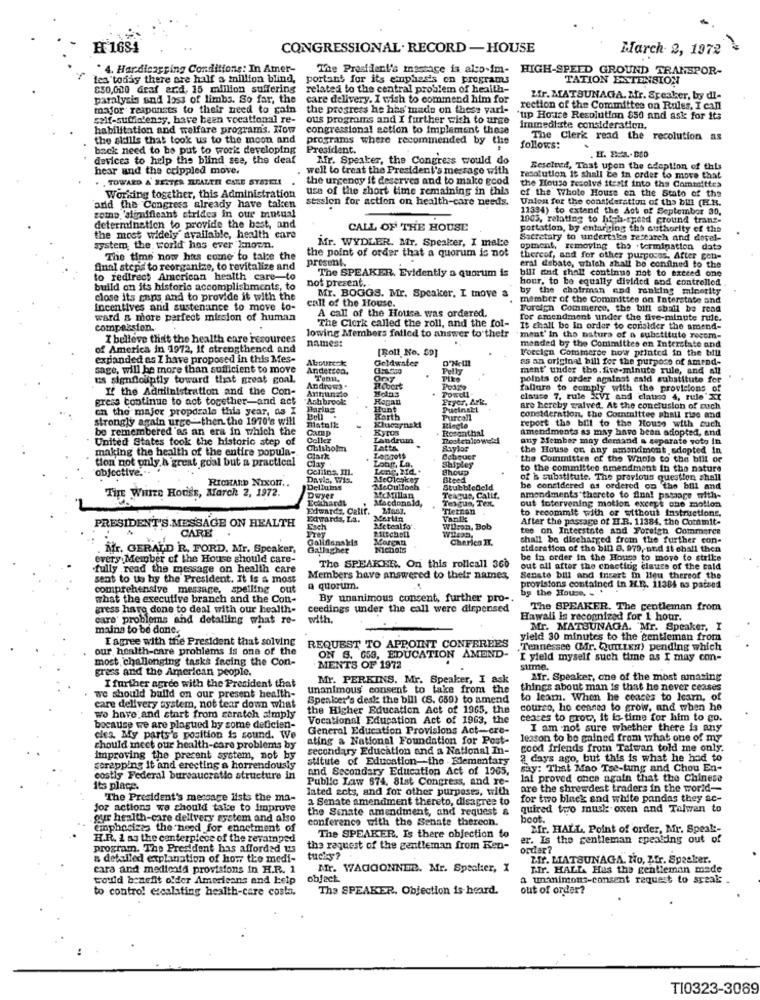
H 1684
CONGRESSIONAL. RECORD - HOUSE
March 2, 1972
" 4. Hardicapping Conditions: In Amer-
The President's Inastage is also.im- HIGH-SPEED GROUND TRANSPOR-
les today there are half a million blind,
portant for its emphasis on programs
TATION EXTENSION
$50,000 Graf er.d. 15 million suffering
related to the central problem of health-
paralysis and loss of limbs. So far, the
care delivery. I wish to commend him for
Zir. MATSUNAGA. Mr. Speaker, by di-
major responses to their need to gain
the progress he has made on these varl-
rection of the Committee on Rules, I call
self-sufficiency, have been vocational re-
ous programs and I further wish to urge
'up House Resolution 850 and ask for its
habilitation and welfare programs. Now
congressional sction to implement these
immediate consideration.
the aldlls that took us to the moon and
programs where recommended by the
The Clerk read the recolution as
back need to be put to work developing
President.
follows:
devices to help the blind see, the deaf
M.fr. Speaker, the Congress would do
hear and the crippled move.
well to treat the President's message with
Besclued, That upon the adoption of this
. . TOWARD A SESTER ILEAZERI CARE SYSSEL!
the urgency it deserves and to make good
resolution it shall be in order to move that
use of the short time remaining in this
the House resolve itesif into the Committes
Working together, this Administration
session for action on health-care needs.
of the Whole House on the State of the
Union for the consideration of the bill (H.R.
and the Congress already have taken
11394) to extend the Act of September 30,
somno, 'slindficant strides in our mutual
1005, relating to high-speed cround trans-
determination to provide the best, and
CALL OF THE HOUSE
portation, by enlarging the authority of the
the most widely available, health care
Mr. WYDLER. Mr. Speaker, I make
Secretary to undertake research and dorel-
system, the world has ever known.
the point of order that a quorum is not
opment, removing the . termination dato
The time now has come to tale the
present.
thereof, and for other purposes. After gen-
Anal steps to reorganize, to revitalize and
The SPEAKER. Evidently a quorum is
bill and thall continue not to exceed one
eral debate, which shall be confined to the
to redirect American health care-to
not present ...
hour, to be equally divided and controlled
build on its historie accomplishments, to
Mr. BOGGS. Mr. Speaker, I move a
by the chotrinan end ranking minority
close its caps and to provide it with the
call of the House.
member of the Committee on Interstate and
Incentives and sustenance to move to-
A call of the House was ordered.
Foreign Commerce, the bill sbail be read
ward & more perfect mission of human
for amendment under the five-minute rule.
compassion.
The Clork called the roll, and the fol-
It shall be In order to consider the amend-
I believe that the health care resources
lowing Members fatled to answer to thetr
names:
maat' In the natura of a substitute reccm-
mended by the Committee on Interstate and
of America in 1972, If strengthened and
[Roll No. 59]
Foreign Commerce how printed in the bill
expanded es I have proposed in this Mes-
Aboureck
Goldwater
D'Helll
as an original bill for the purpose of amend-
sage, will be more than sufficient to move
Anderson.
Pelly
ment' under the. five-minute rule, and all
us signflounfly toward that great goal
Piko
points of order against said substitute for
If the Administration and the Con-
Annunzio
Androws .
fallare to comply with the provisions of
gress continue to act together-and act
"Ashbrook:
Hogan
. Powell
Pzyer, Ark.
clause 7, rule VI and clatrio 4, rule'Xt
on the major propdzals this year, as I
Baring
Pucinett
are hereby waived. At the conclusion of such
strongly again urge then the 1970's will
Karth
Purcall
consideration, the Committee shall rise and
report the bill to the House with auch
be remembered 'as an era in which the
Camp
Klumaynaki
KyTOS
Ringle
Rosenthal
Amendments as may have been adopted, and
United States took the historic step of
Coller
Landrum
any Member may demand a separate voto in
making the health of the entire popula-
Chisholm
TAREA
Saylor
the House on any amendment adopted In
tion not only a great goal but a practical
Clay
Clark
Lotr, La.
Ocheuch
the Committee of the Whole to the bill or
objective .--
Celilne IIL.
Long, Bid. .
Shipley
ghoup
to the committee amendment in the nature
RICHARD NIXON ..
Davis, Wis.
of b substitute. The previous queation shall
Dellums
McCulloch
Teacus, Callf.
StubbleDeld
be considered as ordered on the bill and
THE WHITE HOUSE, March 2, 1972.
Eckhardt
Dwyer
Macdonald,
Textua, Tex,
amendments thereto to fina! pataage with-
Edwards, Calif.
Tietnon
out intervening motion except che mollon
to recommit with or without Instructions.
Edwards, La.
Vanlike
After the passage of H.R. 11384, the Commit-
PRESIDENT'S MESSAGE ON HEALTH
CARE
Metcalfo'
Wilson. Bob
tee on Interstate and Foreign Commerce
Charles II.
chall be discharged from the further con-
. Mr. GERALD R. FORD. Mr. Speaker,
Gallagher
Nichols
sidoration of the bill 8. 979, and it shall then
every Member of the House should care-
The SPEAKER. On this rollcall 360
be in order in the House to move to strike
fully read the message on health care
out all after the enacting clause of the cald
sent to us by the President. It is a most
Members have answered to their names,
Senate bill and inzert m lieu thereof the
comprehensive message, spelling out
a quorum
provisions contained in I.E. 11384 ns patsed
by the House. . .
what the executive branch and the Con-
By unanimous consent, further pro-
gress have done to deal with our health-
ceedings under the call were dispensed
The SPEAKER. The gentleman from
care problems and detalling what re-
with.
Hawali Is recognized for 1 hour.
mains to be done.
Mr. MATSUNAGA. Mr. Speaker, I
Iagree with the President that solving
yield 30 minutes to the gentleman from
our health-care problems is one of the
REQUEST TO APPOINT CONFEREES
,Tennessee (Mr. Quitxm) pending which
most challenging tasks facing the Con-
ON 6. 659, EDUCATION AMEND-
I yield myself such time as I may con-
grass and the American people.
MENTS OF 1972
summe.
Mr. PERKINS. Mr. Speaker, I ask
Mr. Speaker, one of the most amazing
I further agree with the President that
unanimous consent to take from th
things about man is that he never ceases
we should build on our present health-
Spenicer's desk the bill (S. 659) to amend
to learn. When he coaces to learn, of
care delivery system, not tear down what
the Higher Education Act of 1965, the
course, ho censes to grow, and when he
wo have and start from carateh simply
Vocational Education Act of 1963, the
ceases to grote, it is time for him to go.
bocatice we are plagued by some deficien-
General Education Provisions Act-cre-
I am not sure whether there is any
cles. My parts's position is sound. We
ating a National Foundation for Post-
lesson to be gained from what one of my
chould meet our health-care problems by
secondary Education and a National In-
good friends from Taiwan told me only.
improving the present system, not by
stitute of Education-the - Elementary
2 days ago, but this is what he had to
serapping it and erecting a horrendously
and Secondary Education Act of 1965,
Say: That Mao Tse-tung and Chou En-
costly Federal bureaucratie structure in
Public Law 874, 81st Congress, and re-
lal proved once again that the Chinese
Its place.
lated sets, and for other purposes, with
are the shrewdest traders in the world-
The President's message lists the ma-
a Senate amendment thereto, disagree to
for two black and white pandas they ac-
for actions we should take to improve
the Senate amendment, and request &
quired two musk oxen and Talwen to
our health-care delivery system and also
conference with the Senate thereon.
boot.
emphasizes the need for enactment of
Mfr. HALL. Point of order, Mr. Speak :-
H.R. 1 as the centerpiece of the revamped
The SPEAKER. Is there objection to
er. Is the gentleman speaking out of
program. The President has afforded us
the request of the gentleman from Ken-
order?
a detailed explanation of how the medi-
tucks ?
Mir. MATSUNAGA. No, Z.fr. Speaker.
cara and medicald provisions in H.R. 1
Afr. WAGGONNER. Mr. Speaker, X
Tir. HALL Has the gentleman made
could benefit ofder Americans and help
object.
a unanimous-consent request to sreal: .
to control escalating health-care costa.
The SPEAKER. Objection is heard.
out of order?
T10323-3069